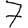
Digit: 7